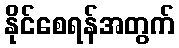
နိုင်စေရန်အတွက်